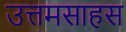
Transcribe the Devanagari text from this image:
उत्तमसाहस